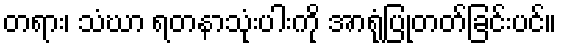
တရား၊ သံဃာ ရတနာသုံးပါးကို အာရုံပြုတတ်ခြင်းပင်။